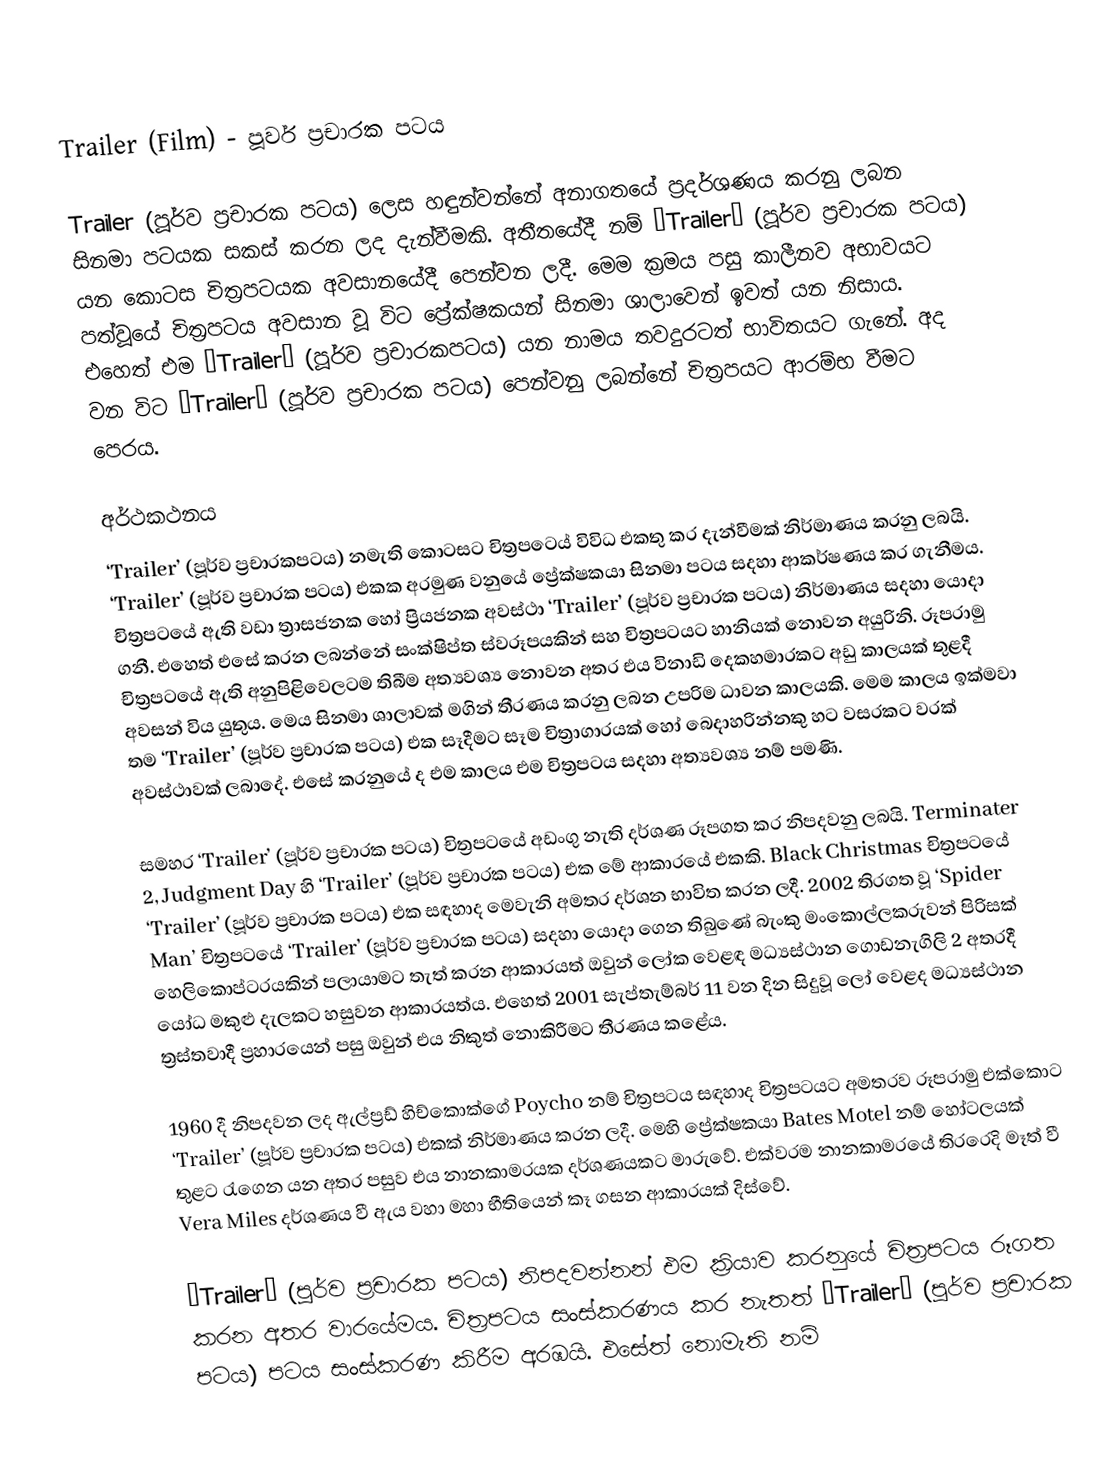
Trailer (Film) - පූර්ව ප්‍රචාරක පටය

Trailer (පූර්ව ප්‍රචාරක පටය) ලෙස හඳුන්වන්නේ අනාගතයේ ප්‍රදර්ශණය කරනු ලබන සිනමා පටයක සකස් කරන ලද දැන්වීමකි. අතීතයේදී නම් ‘Trailer’ (පූර්ව ප්‍රචාරක පටය) යන කොටස චිත්‍රපටයක අවසානයේදී පෙන්වන ලදී. මෙම ක්‍රමය පසු කාලීනව අභාවයට පත්වූයේ චිත්‍රපටය අවසාන වූ විට ප්‍රේක්ෂකයන් සිනමා ශාලාවෙන් ඉවත් යන නිසාය. එහෙත් එම ‘Trailer’ (පූර්ව ප්‍රචාරකප‍ටය) යන නාමය තවදුරටත් භාවිතයට ගැනේ. අද වන විට ‘Trailer’ (පූර්ව ප්‍රචාරක පටය) පෙන්වනු ලබන්නේ චිත්‍රපයට ආරම්භ වීමට පෙරය.

අර්ථකථනය
‘Trailer’ (පූර්ව ප්‍රචාරකපටය) නමැති කොටසට චිත්‍රපට‍ෙය් විවිධ එකතු කර දැන්වීමක් නිර්මාණය කරනු ලබයි. ‘Trailer’ (පූර්ව ප්‍රචාරක පටය) එකක අරමුණ වනුයේ ප්‍රේක්ෂකයා සිනමා පටය සදහා ආකර්ෂණය කර ගැනීමය. චිත්‍රපටයේ ඇති  වඩා ත්‍රාසජනක හෝ ප්‍රියජනක අවස්ථා ‘Trailer’ (පූර්ව ප්‍රචාරක පටය) නිර්මාණය සදහා යොදා ගනී. එහෙත් එසේ කරන ලබන්නේ සංක්ෂිප්ත ස්වරූපයකින් සහ චිත්‍රපටයට හානියක් නොවන අයුරිනි. රූපරාමු  චිත්‍රපටයේ ඇති අනුපිළිවෙලටම තිබීම අත්‍යවශ්‍ය නොවන අතර එය විනාඩි දෙකහමාරකට අඩු කාලයක් තුළදී අවසන් විය යුතුය. මෙය සිනමා ශාලාවක් මගින් තීරණය කරනු ලබන උපරිම ධාවන කාලයකි. මෙම කාලය ඉක්මවා තම ‘Trailer’ (පූර්ව ප්‍රචාරක පටය) එක සෑදීමට සෑම චිත්‍රාගාරයක් හෝ බෙදාහරින්නකු හට වසරකට වරක් අවස්ථාවක් ලබාදේ. එසේ කරනුයේ ද එම කාලය එම චිත්‍රපටය සදහා අත්‍යවශ්‍ය නම් පමණි.

සමහර ‘Trailer’ (පූර්ව ප්‍රචාරක පටය) චිත්‍රපටයේ අඩංගු නැති දර්ශණ රූපගත කර නිපදවනු ලබයි. Terminater 2,  Judgment Day හි ‘Trailer’ (පූර්ව ප්‍රචාරක පටය) එක මේ ආකාරයේ එකකි. Black Christmas චිත්‍රපටයේ ‘Trailer’ (පූර්ව ප්‍රචාරක පටය) එක සඳහාද මෙවැනි අමතර දර්ශන භාවිත කරන ලදී. 2002 තිරගත වූ ‘Spider Man’ චිත්‍රපටයේ ‘Trailer’ (පූර්ව ප්‍රචාරක පටය) සදහා යොදා ගෙන තිබුණේ බැංකු මංකොල්ලකරුවන් පිරිසක් හෙලිකොප්ටරයකින් පලායාමට තැත් කරන ආකාරයත් ඔවුන් ලෝක වෙළඳ මධ්‍යස්ථාන ගොඩනැගිලි 2 අතරදී යෝධ මකුළු දැලකට හසුවන ආකාරයත්ය. එහෙත් 2001 සැප්තැම්බර් 11 වන දින සිදුවූ ලෝ වෙළද මධ්‍යස්ථාන ත්‍රස්තවාදී ප්‍රහාරයෙන් පසු ඔවුන් එය නිකුත් නොකිරීමට තීරණය  කළේය.

1960 දී නිපදවන ලද ඇල්ප්‍රඩ් හිච්කොක්ගේ Poycho නම් චිත්‍රපටය සඳහාද චිත්‍රපටයට අමතරව රූපරාමු එක්කොට ‘Trailer’ (පූර්ව ප්‍රචාරක පටය) එකක් නිර්මාණය කරන ලදී. මෙහි ප්‍රේක්ෂකයා Bates Motel නම් හෝටලයක් තුළට රැගෙන යන අතර පසුව එය නානකාමරයක දර්ශණයකට මාරුවේ. එක්වරම නානකාමරයේ තිරරෙදි මෑත් වී Vera Miles දර්ශණය වී ඇය වහා මහා භීතියෙන් කෑ ගසන ආකාරයක් දිස්වේ.

‘Trailer’ (පූර්ව ප්‍රචාරක පටය) නිපදවන්නන් එම ක්‍රියාව කරනුයේ චිත්‍රපටය රූගත කරන අතර වාරයේමය. චිත්‍රපටය සංස්කරණය කර නැතත් ‘Trailer’ (පූර්ව ප්‍රචාරක පටය) පටය සංස්කරණ කිරීම අරඹයි. එසේත් නොමැති නම්